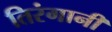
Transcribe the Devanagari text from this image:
तिरंगानी